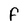
Character: F